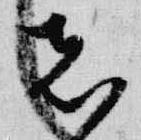
者